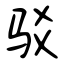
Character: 驳